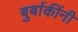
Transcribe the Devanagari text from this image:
बुर्बाकींनी